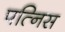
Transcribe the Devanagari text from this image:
पत्निस